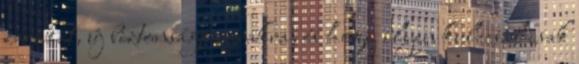
zárakat, új biztonsági zárakra, és hogy ilyen kulccsal csak